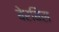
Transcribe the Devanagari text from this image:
बेरबिस